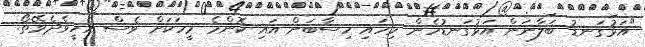
"އަޅުގަނޑު ބަލާނަން އަޅުގަނޑުހެން މިހައި ހިސާބަށް އައި ކޮންމެ މީހަކަށް ވެސް އެހީވެދެވޭތޯ.